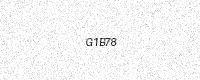
Text: G1B78